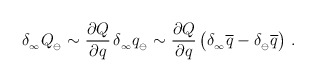
\begin{align*}\delta_{_\infty} Q_{_{\ominus}}\sim{\partial Q\over\partial q}\,\delta_{_\infty} q_{_{\ominus}} \sim {\partial Q\over\partial q}\,\big(\delta_{_\infty}\overline{q}-\delta_{_\ominus}\overline{q}\big) \ .\end{align*}